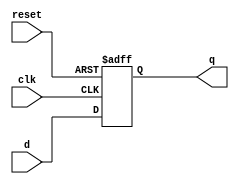
//Module for generic d ff
module d_ff #(parameter reset_value = 1'b0)(clk, reset, d, q);
  input clk, reset, d;
  output reg q;
  always @(posedge clk or negedge reset)
    begin
      if (!reset)
        q<= reset_value;
      else
        q<=d;
    end
endmodule